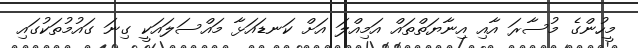
މީހުންގެ މުސާރަ އާއި އިނާޔަތްތައް އަމިއްލަ އަށް ކަނޑައަޅާ މައްސަލައަކީ ގިނަ ގައުމުތަކުގައި